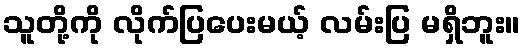
သူတို့ကို လိုက်ပြပေးမယ့် လမ်းပြ မရှိဘူး။